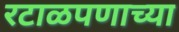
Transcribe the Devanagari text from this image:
रटाळपणाच्या